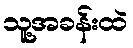
သူ့အခန်းထဲ